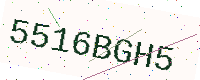
Text: 5516BGH5